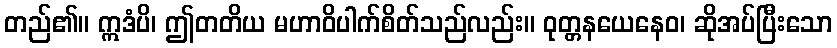
တည်၏။ ဣဒံပိ၊ ဤတတိယ မဟာဝိပါက်စိတ်သည်လည်း။ ဝုတ္တနယေနေဝ၊ ဆိုအပ်ပြီးသော